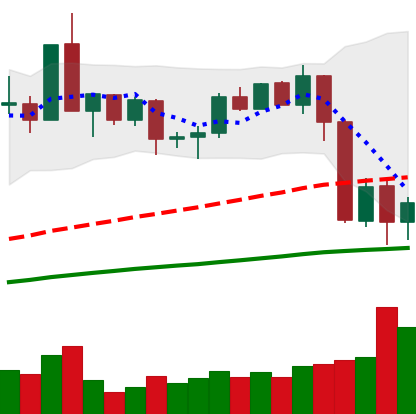
Ticker: XMR-USD
Chart end date: 2020-09-06
Forward return: 10.028%
Label: up_7plus